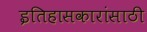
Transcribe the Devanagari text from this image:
इतिहासकारांसाठी